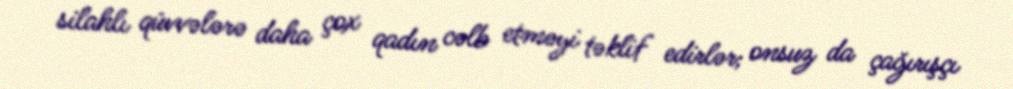
silahlı qüvvələrə daha çox qadın cəlb etməyi təklif edirlər; onsuz da çağırışçı